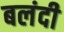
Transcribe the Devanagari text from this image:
बलंदी